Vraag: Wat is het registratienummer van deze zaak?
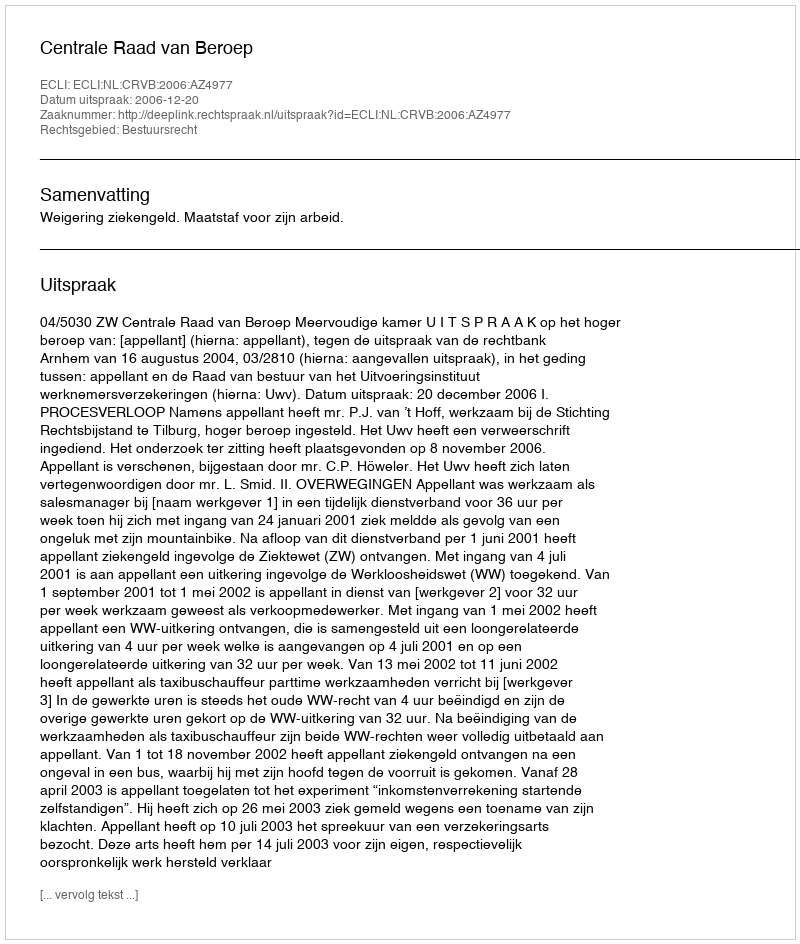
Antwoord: http://deeplink.rechtspraak.nl/uitspraak?id=ECLI:NL:CRVB:2006:AZ4977